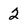
Character: 2